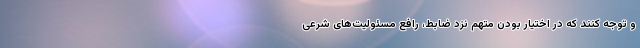
و توجه کنند که در اختیار بودن متهم نزد ضابط، رافع مسئولیت‌های شرعی